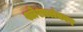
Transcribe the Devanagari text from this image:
श्लेशालंकार